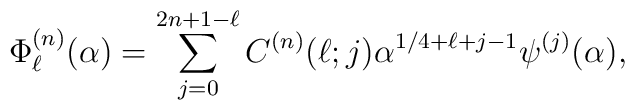
\Phi^{(n)}_{\ell}(\alpha)=\sum_{j=0}^{2n+1-\ell}C^{(n)}(\ell;j)\alpha^{1/4+\ell+j-1}\psi^{(j)}(\alpha),